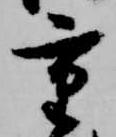
重